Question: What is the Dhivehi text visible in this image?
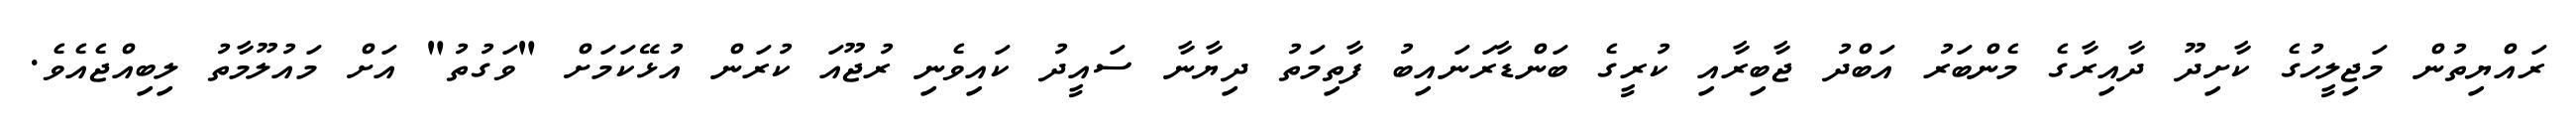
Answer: ރައްޔިތުން މަޖިލީހުގެ ކާށިދޫ ދާއިރާގެ މެންބަރު އަބްދު ޖާބިރާއި ކުރީގެ ބަންޑާރަނައިބު ފާތިމަތު ދިޔާނާ ސައީދު ކައިވެނި ރުޖޫއަ ކުރަން އުޅޭކަމަށް "ވަގުތު" އަށް މައުލޫމާތު ލިބިއްޖެއެވެ.